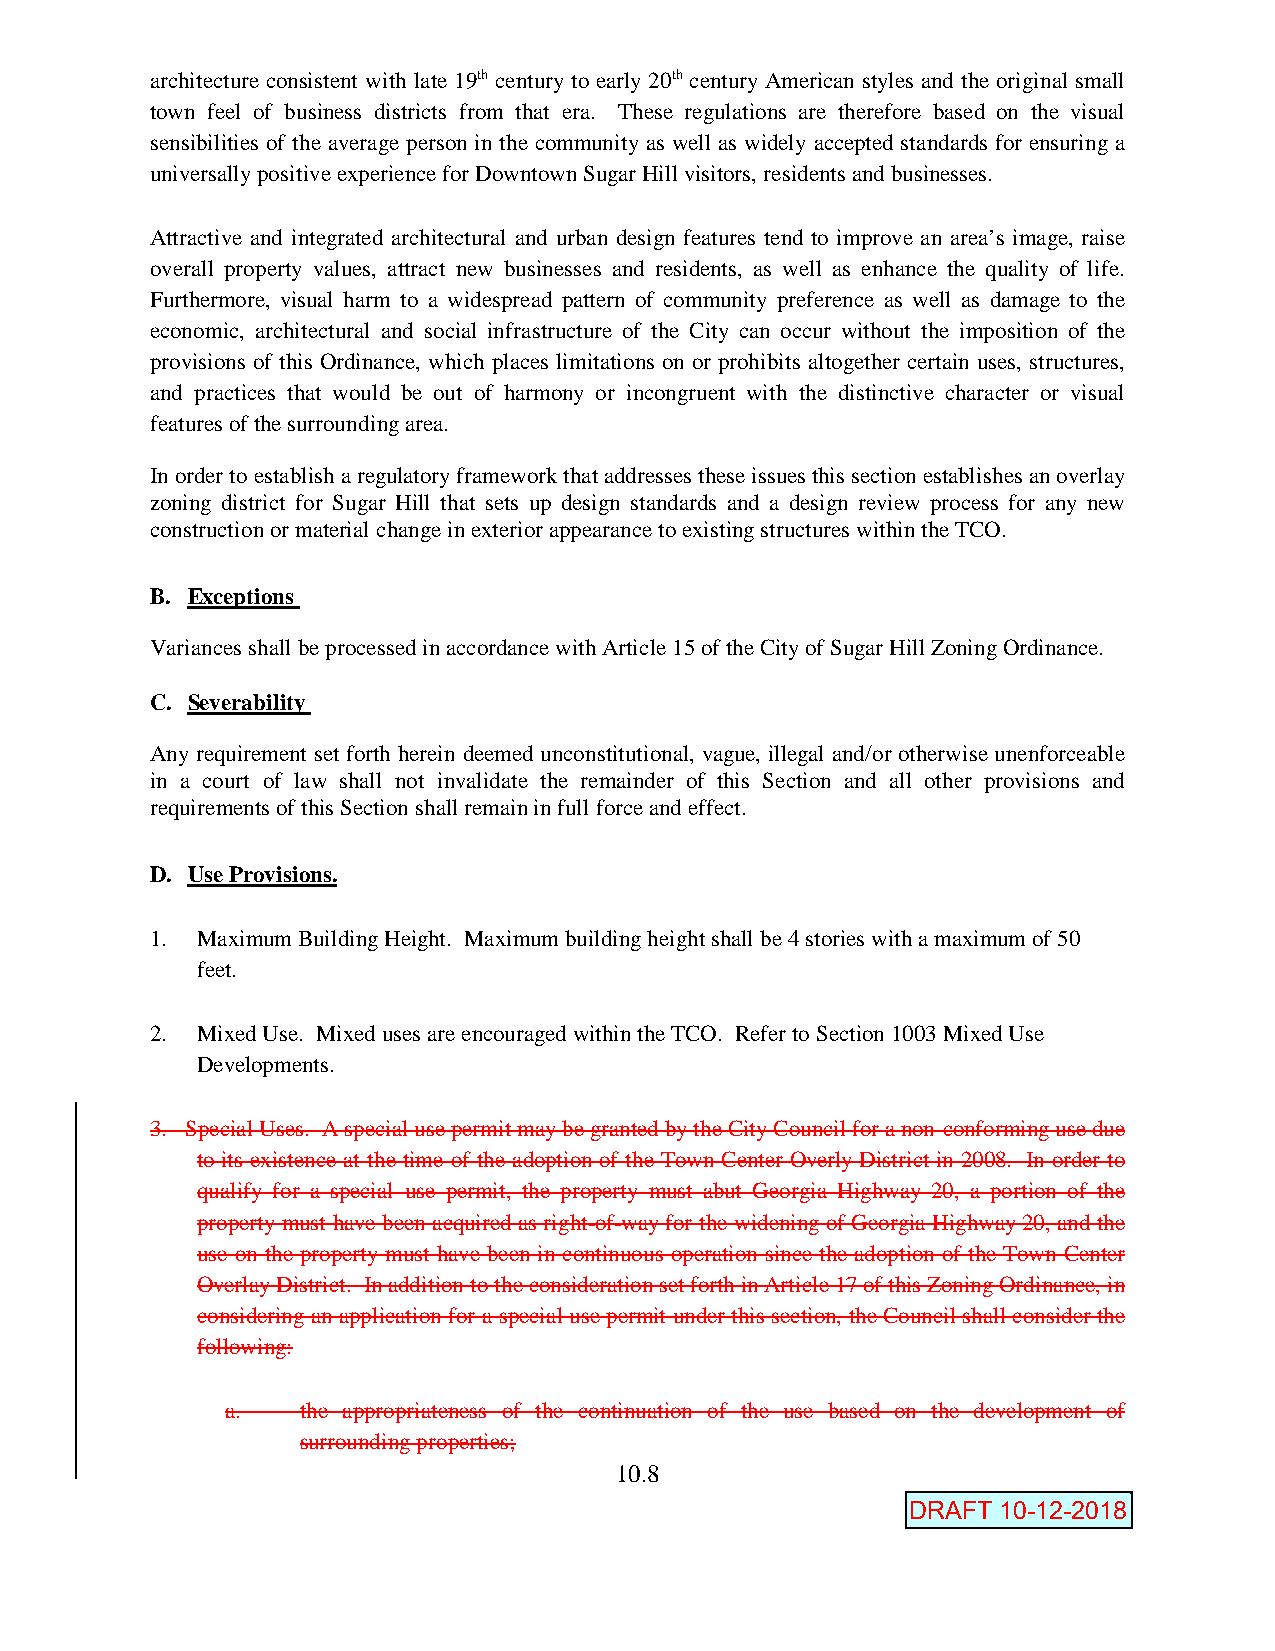
architecture consistent with late 19th century to early 20th century American styles and the original small
 town feel of business districts from that era. These regulations are therefore based on the visual
 sensibilities of the average person in the community as well as widely accepted standards for ensuring a
 universally positive experience for Downtown Sugar Hill visitors, residents and businesses.
 Attractive and integrated architectural and urban design features tend to improve an area’s image, raise
 overall property values, attract new businesses and residents, as well as enhance the quality of life.
 Furthermore, visual harm to a widespread pattern of community preference as well as damage to the
 economic, architectural and social infrastructure of the City can occur without the imposition of the
 provisions of this Ordinance, which places limitations on or prohibits altogether certain uses, structures,
 and practices that would be out of harmony or incongruent with the distinctive character or visual
 features of the surrounding area.
 In order to establish a regulatory framework that addresses these issues this section establishes an overlay
 zoning district for Sugar Hill that sets up design standards and a design review process for any new
 construction or material change in exterior appearance to existing structures within the TCO.
 B. Exceptions
 Variances shall be processed in accordance with Article 15 of the City of Sugar Hill Zoning Ordinance.
 C. Severability
 Any requirement set forth herein deemed unconstitutional, vague, illegal and/or otherwise unenforceable
 in a court of law shall not invalidate the remainder of this Section and all other provisions and
 requirements of this Section shall remain in full force and effect.
 D. Use Provisions.
 1. Maximum Building Height. Maximum building height shall be 4 stories with a maximum of 50
 feet.
 2. Mixed Use. Mixed uses are encouraged within the TCO. Refer to Section 1003 Mixed Use
 Developments.
 3. Special Uses. A special use permit may be granted by the City Council for a non-conforming use due
 to its existence at the time of the adoption of the Town Center Overly District in 2008. In order to
 qualify for a special use permit, the property must abut Georgia Highway 20, a portion of the
 property must have been acquired as right-of-way for the widening of Georgia Highway 20, and the
 use on the property must have been in continuous operation since the adoption of the Town Center
 Overlay District. In addition to the consideration set forth in Article 17 of this Zoning Ordinance, in
 considering an application for a special use permit under this section, the Council shall consider the
 following:
 a.   the appropriateness of the continuation of the use based on the development of
 surrounding properties;
 10.8
 Amended 7-9-18
 DRAFT 10-12-2018